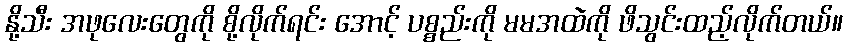
နို့သီး အဖုလေးတွေကို စို့လိုက်ရင်း အောင့် ပစ္စည်းကို မမအထဲကို ဖိသွင်းထည့်လိုက်တယ်။